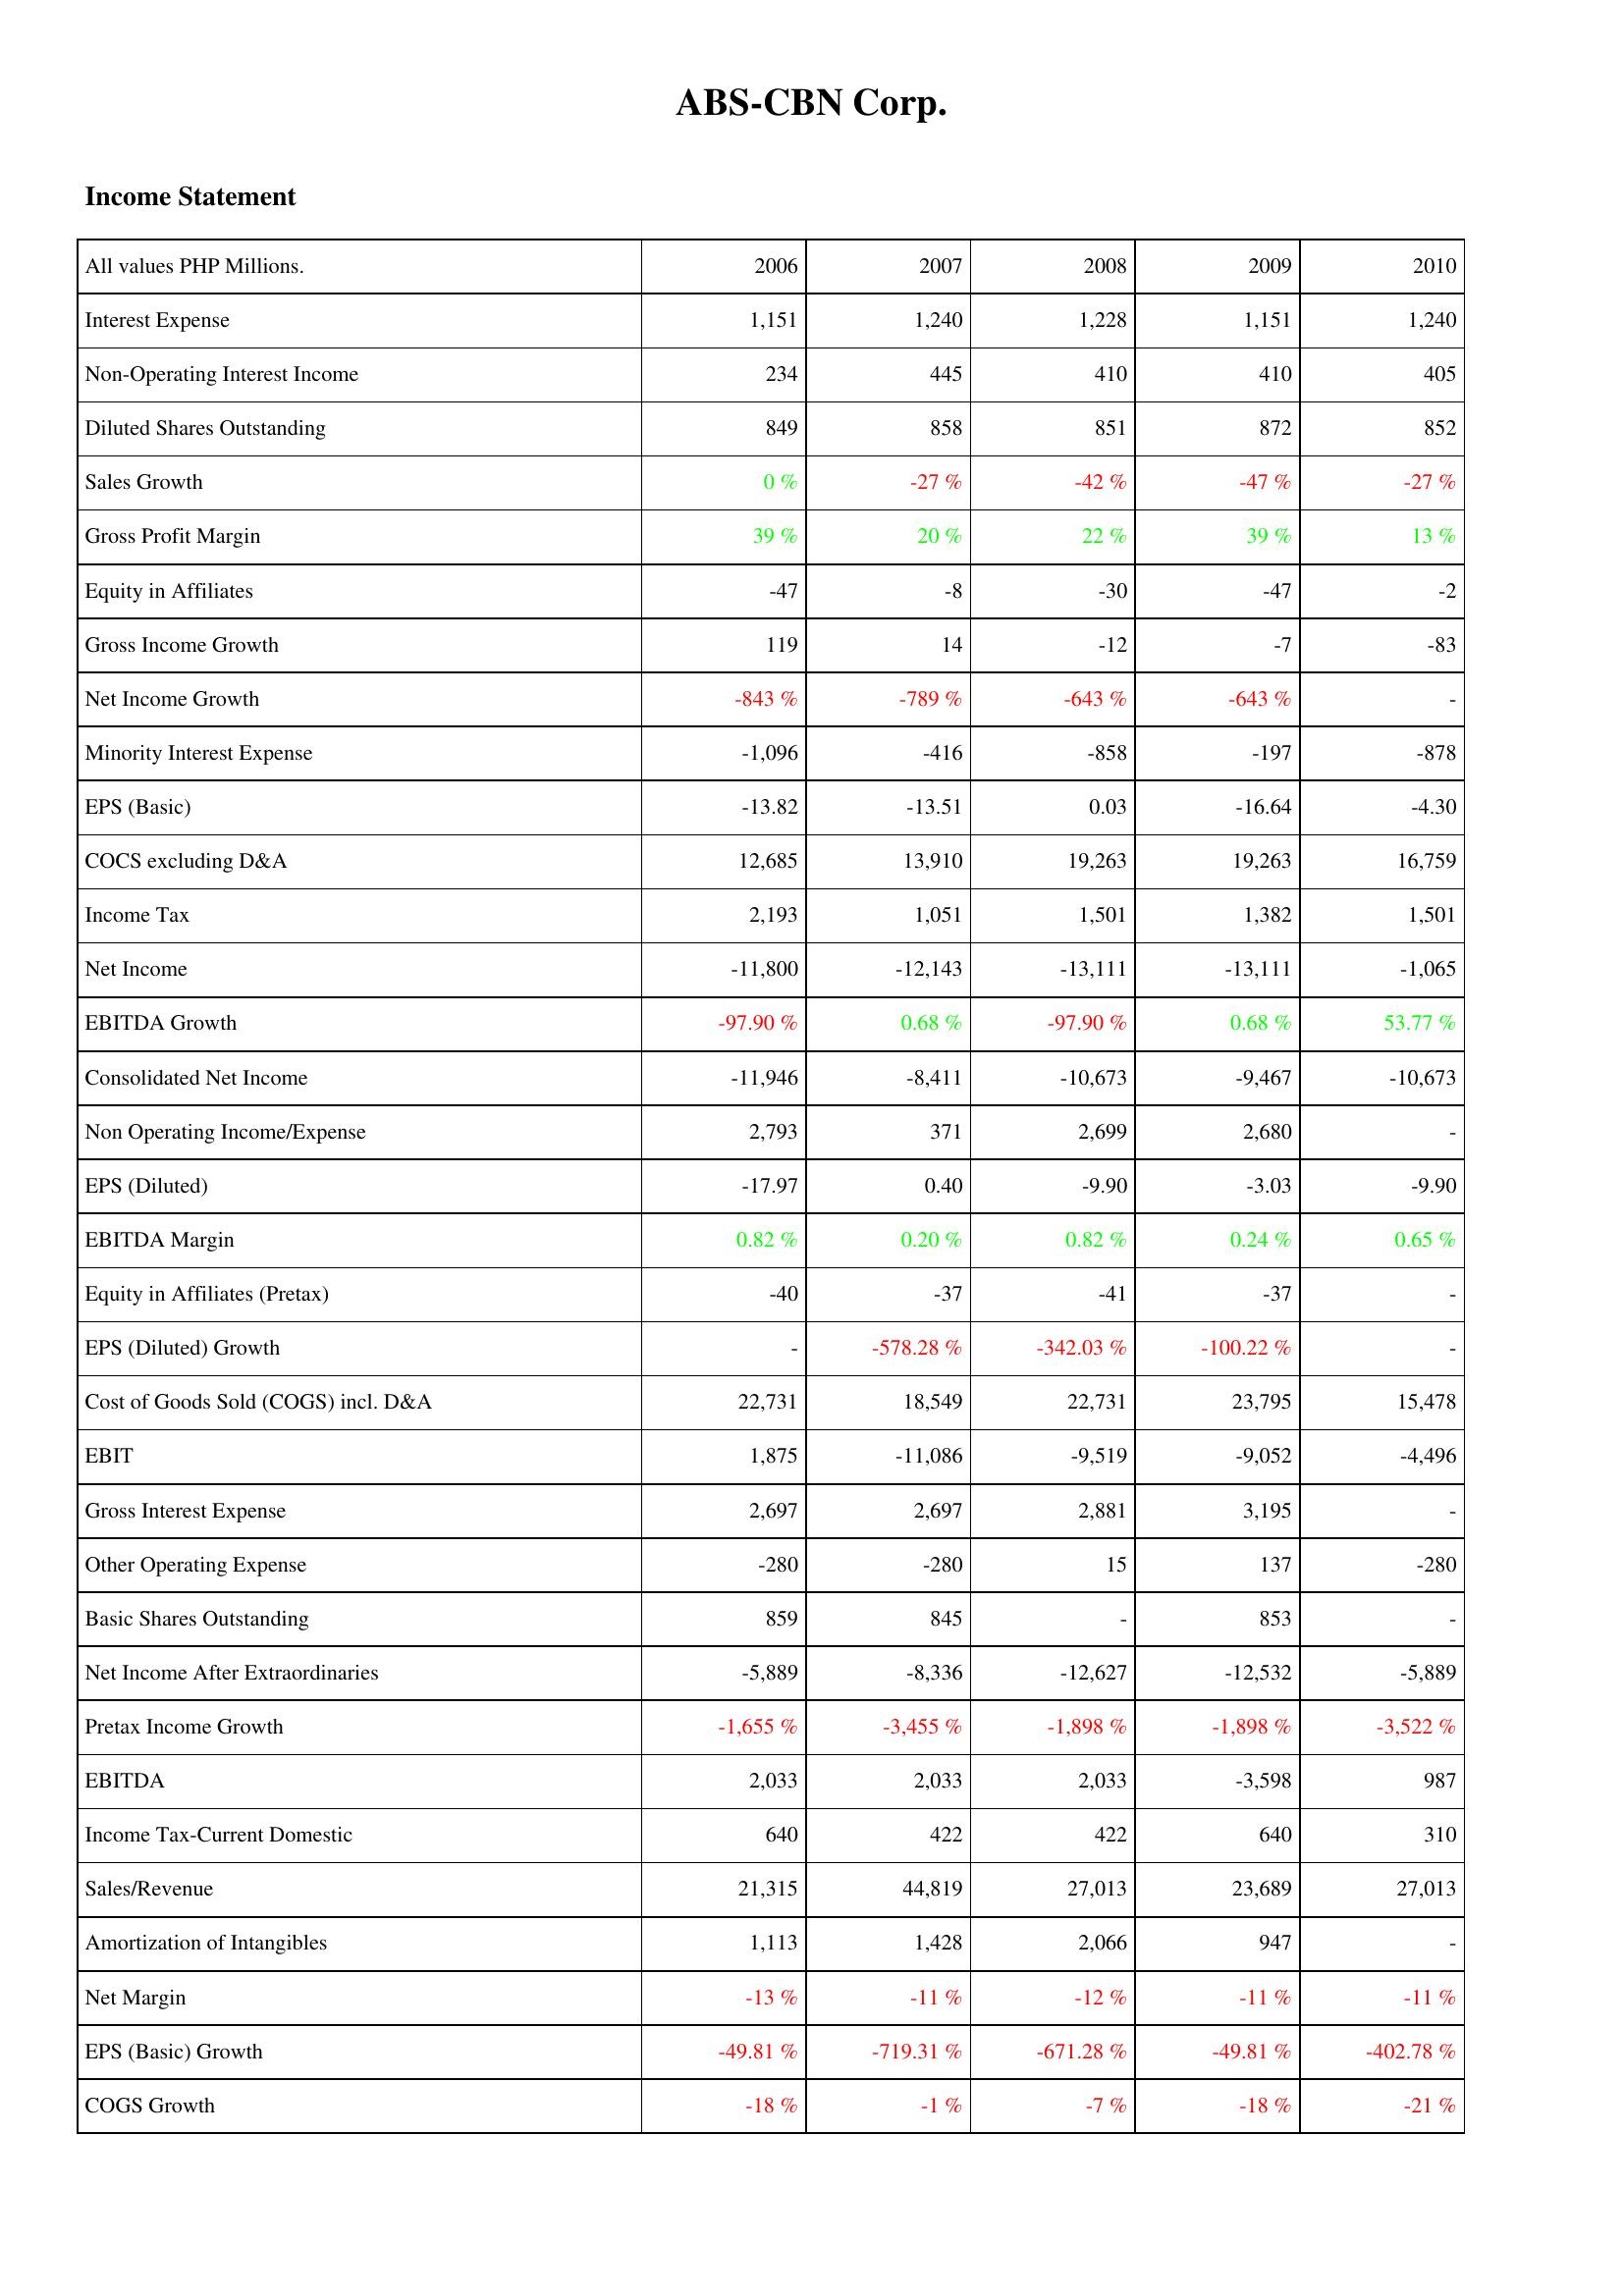
2006: Income Statement: Interest Expense: 1,151
Non-Operating Interest Income: 234
Diluted Shares Outstanding: 849
Sales Growth: 0 %
Gross Profit Margin: 39 %
Equity in Affiliates: -47
Gross Income Growth: 119
Net Income Growth: -843 %
Minority Interest Expense: -1,096
EPS (Basic): -13.82
COCS excluding D&A: 12,685
Income Tax: 2,193
Net Income: -11,800
EBITDA Growth: -97.90 %
Consolidated Net Income: -11,946
Non Operating Income/Expense: 2,793
EPS (Diluted): -17.97
EBITDA Margin: 0.82 %
Equity in Affiliates (Pretax): -40
EPS (Diluted) Growth: -
Cost of Goods Sold (COGS) incl. D&A: 22,731
EBIT: 1,875
Gross Interest Expense: 2,697
Other Operating Expense: -280
Basic Shares Outstanding: 859
Net Income After Extraordinaries: -5,889
Pretax Income Growth: -1,655 %
EBITDA: 2,033
Income Tax-Current Domestic: 640
Sales/Revenue: 21,315
Amortization of Intangibles: 1,113
Net Margin: -13 %
EPS (Basic) Growth: -49.81 %
COGS Growth: -18 %
2007: Income Statement: Interest Expense: 1,240
Non-Operating Interest Income: 445
Diluted Shares Outstanding: 858
Sales Growth: -27 %
Gross Profit Margin: 20 %
Equity in Affiliates: -8
Gross Income Growth: 14
Net Income Growth: -789 %
Minority Interest Expense: -416
EPS (Basic): -13.51
COCS excluding D&A: 13,910
Income Tax: 1,051
Net Income: -12,143
EBITDA Growth: 0.68 %
Consolidated Net Income: -8,411
Non Operating Income/Expense: 371
EPS (Diluted): 0.40
EBITDA Margin: 0.20 %
Equity in Affiliates (Pretax): -37
EPS (Diluted) Growth: -578.28 %
Cost of Goods Sold (COGS) incl. D&A: 18,549
EBIT: -11,086
Gross Interest Expense: 2,697
Other Operating Expense: -280
Basic Shares Outstanding: 845
Net Income After Extraordinaries: -8,336
Pretax Income Growth: -3,455 %
EBITDA: 2,033
Income Tax-Current Domestic: 422
Sales/Revenue: 44,819
Amortization of Intangibles: 1,428
Net Margin: -11 %
EPS (Basic) Growth: -719.31 %
COGS Growth: -1 %
2008: Income Statement: Interest Expense: 1,228
Non-Operating Interest Income: 410
Diluted Shares Outstanding: 851
Sales Growth: -42 %
Gross Profit Margin: 22 %
Equity in Affiliates: -30
Gross Income Growth: -12
Net Income Growth: -643 %
Minority Interest Expense: -858
EPS (Basic): 0.03
COCS excluding D&A: 19,263
Income Tax: 1,501
Net Income: -13,111
EBITDA Growth: -97.90 %
Consolidated Net Income: -10,673
Non Operating Income/Expense: 2,699
EPS (Diluted): -9.90
EBITDA Margin: 0.82 %
Equity in Affiliates (Pretax): -41
EPS (Diluted) Growth: -342.03 %
Cost of Goods Sold (COGS) incl. D&A: 22,731
EBIT: -9,519
Gross Interest Expense: 2,881
Other Operating Expense: 15
Basic Shares Outstanding: -
Net Income After Extraordinaries: -12,627
Pretax Income Growth: -1,898 %
EBITDA: 2,033
Income Tax-Current Domestic: 422
Sales/Revenue: 27,013
Amortization of Intangibles: 2,066
Net Margin: -12 %
EPS (Basic) Growth: -671.28 %
COGS Growth: -7 %
2009: Income Statement: Interest Expense: 1,151
Non-Operating Interest Income: 410
Diluted Shares Outstanding: 872
Sales Growth: -47 %
Gross Profit Margin: 39 %
Equity in Affiliates: -47
Gross Income Growth: -7
Net Income Growth: -643 %
Minority Interest Expense: -197
EPS (Basic): -16.64
COCS excluding D&A: 19,263
Income Tax: 1,382
Net Income: -13,111
EBITDA Growth: 0.68 %
Consolidated Net Income: -9,467
Non Operating Income/Expense: 2,680
EPS (Diluted): -3.03
EBITDA Margin: 0.24 %
Equity in Affiliates (Pretax): -37
EPS (Diluted) Growth: -100.22 %
Cost of Goods Sold (COGS) incl. D&A: 23,795
EBIT: -9,052
Gross Interest Expense: 3,195
Other Operating Expense: 137
Basic Shares Outstanding: 853
Net Income After Extraordinaries: -12,532
Pretax Income Growth: -1,898 %
EBITDA: -3,598
Income Tax-Current Domestic: 640
Sales/Revenue: 23,689
Amortization of Intangibles: 947
Net Margin: -11 %
EPS (Basic) Growth: -49.81 %
COGS Growth: -18 %
2010: Income Statement: Interest Expense: 1,240
Non-Operating Interest Income: 405
Diluted Shares Outstanding: 852
Sales Growth: -27 %
Gross Profit Margin: 13 %
Equity in Affiliates: -2
Gross Income Growth: -83
Net Income Growth: -
Minority Interest Expense: -878
EPS (Basic): -4.30
COCS excluding D&A: 16,759
Income Tax: 1,501
Net Income: -1,065
EBITDA Growth: 53.77 %
Consolidated Net Income: -10,673
Non Operating Income/Expense: -
EPS (Diluted): -9.90
EBITDA Margin: 0.65 %
Equity in Affiliates (Pretax): -
EPS (Diluted) Growth: -
Cost of Goods Sold (COGS) incl. D&A: 15,478
EBIT: -4,496
Gross Interest Expense: -
Other Operating Expense: -280
Basic Shares Outstanding: -
Net Income After Extraordinaries: -5,889
Pretax Income Growth: -3,522 %
EBITDA: 987
Income Tax-Current Domestic: 310
Sales/Revenue: 27,013
Amortization of Intangibles: -
Net Margin: -11 %
EPS (Basic) Growth: -402.78 %
COGS Growth: -21 %